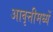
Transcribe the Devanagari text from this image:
आवृत्तीमध्यें